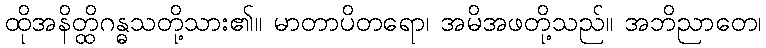
ထိုအနိတ္ထိဂန္ဓသတို့သား၏။ မာတာပိတရော၊ အမိအဖတို့သည်။ အဘိညာတေ၊